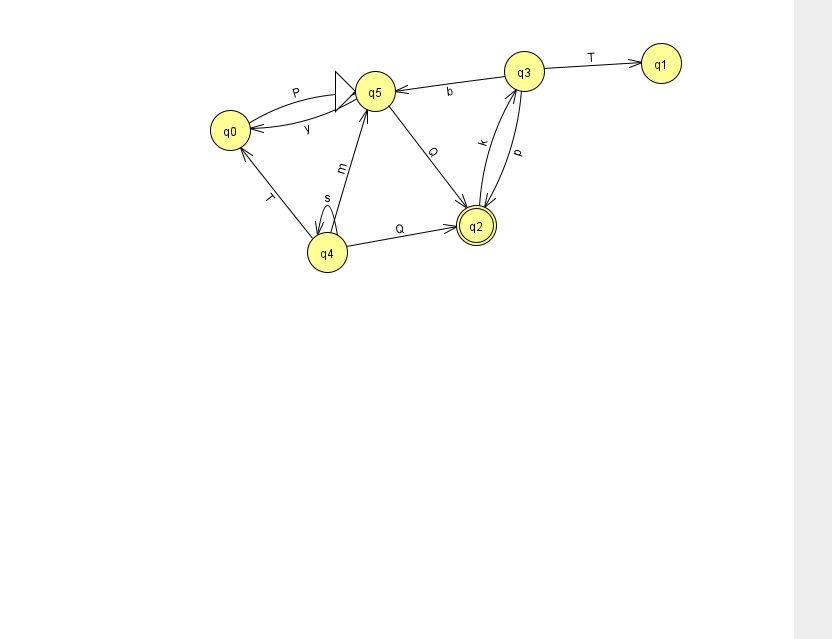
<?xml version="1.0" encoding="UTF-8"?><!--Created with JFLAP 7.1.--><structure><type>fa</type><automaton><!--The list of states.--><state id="0" name="q0"><x>230.0</x><y>117.0</y></state><state id="1" name="q1"><x>661.0</x><y>50.0</y></state><state id="2" name="q2"><x>476.0</x><y>212.0</y><final/></state><state id="3" name="q3"><x>524.0</x><y>58.0</y></state><state id="4" name="q4"><x>327.0</x><y>239.0</y></state><state id="5" name="q5"><x>375.0</x><y>78.0</y><initial/></state><!--The list of transitions.--><transition><from>4</from><to>0</to><read>T</read></transition><transition><from>4</from><to>4</to><read>s</read></transition><transition><from>4</from><to>2</to><read>Q</read></transition><transition><from>4</from><to>5</to><read>m</read></transition><transition><from>3</from><to>2</to><read>p</read></transition><transition><from>5</from><to>0</to><read>y</read></transition><transition><from>3</from><to>5</to><read>b</read></transition><transition><from>5</from><to>2</to><read>Q</read></transition><transition><from>2</from><to>3</to><read>k</read></transition><transition><from>0</from><to>5</to><read>P</read></transition><transition><from>3</from><to>1</to><read>T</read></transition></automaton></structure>